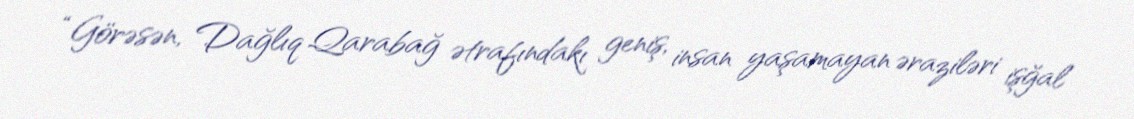
“Görəsən, Dağlıq Qarabağ ətrafındakı geniş, insan yaşamayan əraziləri işğal